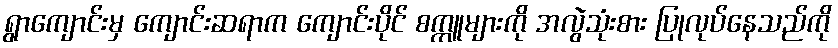
ရွာကျောင်းမှ ကျောင်းဆရာက ကျောင်းပိုင် စက္ကူများကို အလွဲသုံးစား ပြုလုပ်နေသည်ကို